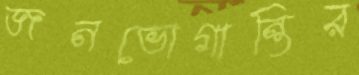
জনভোগান্তির